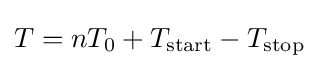
T=nT_{0}+T_{\mathrm {start} }-T_{\mathrm {stop} }